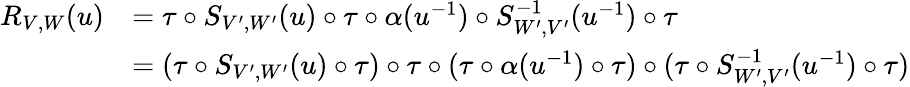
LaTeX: \begin{array}{rl}{R_{V,W}(u)}&{=\tau\circ S_{V^{\prime},W^{\prime}}(u)\circ\tau\circ\alpha(u^{-1})\circ S_{W^{\prime},V^{\prime}}^{-1}(u^{-1})\circ\tau}\\ &{=(\tau\circ S_{V^{\prime},W^{\prime}}(u)\circ\tau)\circ\tau\circ(\tau\circ\alpha(u^{-1})\circ\tau)\circ(\tau\circ S_{W^{\prime},V^{\prime}}^{-1}(u^{-1})\circ\tau)}\end{array}